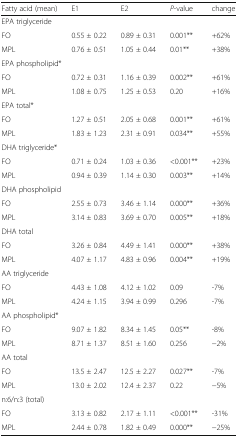
<table><thead><tr><td><b>Fatty acid (mean)</b></td><td><b>E1</b></td><td><b>E2</b></td><td><b><i>P</i>-value</b></td><td><b>change</b></td></tr></thead><tbody><tr><td colspan="5">EPA triglyceride</td></tr><tr><td>FO</td><td>0.55 ± 0.22</td><td>0.89 ± 0.31</td><td>0.001**</td><td>+62%</td></tr><tr><td>MPL</td><td>0.76 ± 0.51</td><td>1.05 ± 0.44</td><td>0.01**</td><td>+38%</td></tr><tr><td colspan="5">EPA phospholipid*</td></tr><tr><td>FO</td><td>0.72 ± 0.31</td><td>1.16 ± 0.39</td><td>0.002**</td><td>+61%</td></tr><tr><td>MPL</td><td>1.08 ± 0.75</td><td>1.25 ± 0.53</td><td>0.20</td><td>+16%</td></tr><tr><td colspan="5">EPA total*</td></tr><tr><td>FO</td><td>1.27 ± 0.51</td><td>2.05 ± 0.68</td><td>0.001**</td><td>+61%</td></tr><tr><td>MPL</td><td>1.83 ± 1.23</td><td>2.31 ± 0.91</td><td>0.034**</td><td>+55%</td></tr><tr><td colspan="5">DHA triglyceride*</td></tr><tr><td>FO</td><td>0.71 ± 0.24</td><td>1.03 ± 0.36</td><td>&lt;0.001**</td><td>+23%</td></tr><tr><td>MPL</td><td>0.94 ± 0.39</td><td>1.14 ± 0.30</td><td>0.003**</td><td>+14%</td></tr><tr><td colspan="5">DHA phospholipid</td></tr><tr><td>FO</td><td>2.55 ± 0.73</td><td>3.46 ± 1.14</td><td>0.000**</td><td>+36%</td></tr><tr><td>MPL</td><td>3.14 ± 0.83</td><td>3.69 ± 0.70</td><td>0.005**</td><td>+18%</td></tr><tr><td colspan="5">DHA total</td></tr><tr><td>FO</td><td>3.26 ± 0.84</td><td>4.49 ± 1.41</td><td>0.000**</td><td>+38%</td></tr><tr><td>MPL</td><td>4.07 ± 1.17</td><td>4.83 ± 0.96</td><td>0.004**</td><td>+19%</td></tr><tr><td colspan="5">AA triglyceride</td></tr><tr><td>FO</td><td>4.43 ± 1.08</td><td>4.12 ± 1.02</td><td>0.09</td><td>-7%</td></tr><tr><td>MPL</td><td>4.24 ± 1.15</td><td>3.94 ± 0.99</td><td>0.296</td><td>-7%</td></tr><tr><td colspan="5">AA phospholipid*</td></tr><tr><td>FO</td><td>9.07 ± 1.82</td><td>8.34 ± 1.45</td><td>0.05**</td><td>-8%</td></tr><tr><td>MPL</td><td>8.71 ± 1.37</td><td>8.51 ± 1.60</td><td>0.256</td><td>−2%</td></tr><tr><td colspan="5">AA total</td></tr><tr><td>FO</td><td>13.5 ± 2.47</td><td>12.5 ± 2.27</td><td>0.027**</td><td>-7%</td></tr><tr><td>MPL</td><td>13.0 ± 2.02</td><td>12.4 ± 2.37</td><td>0.22</td><td>−5%</td></tr><tr><td colspan="5">n:6/n:3 (total)</td></tr><tr><td>FO</td><td>3.13 ± 0.82</td><td>2.17 ± 1.11</td><td>&lt;0.001**</td><td>-31%</td></tr><tr><td>MPL</td><td>2.44 ± 0.78</td><td>1.82 ± 0.49</td><td>0.000**</td><td>−25%</td></tr></tbody></table>